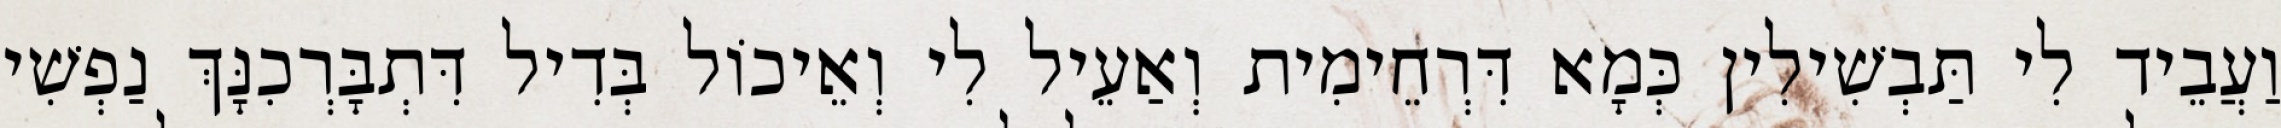
וַעֲבֵיד לִי תַּבְשִׁילִין כְּמָא דִּרְחֵימִית וְאַעֵיל לִי וְאֵיכוֹל בְּדִיל דִּתְבָּרְכִנָּךְ נַפְשִׁי